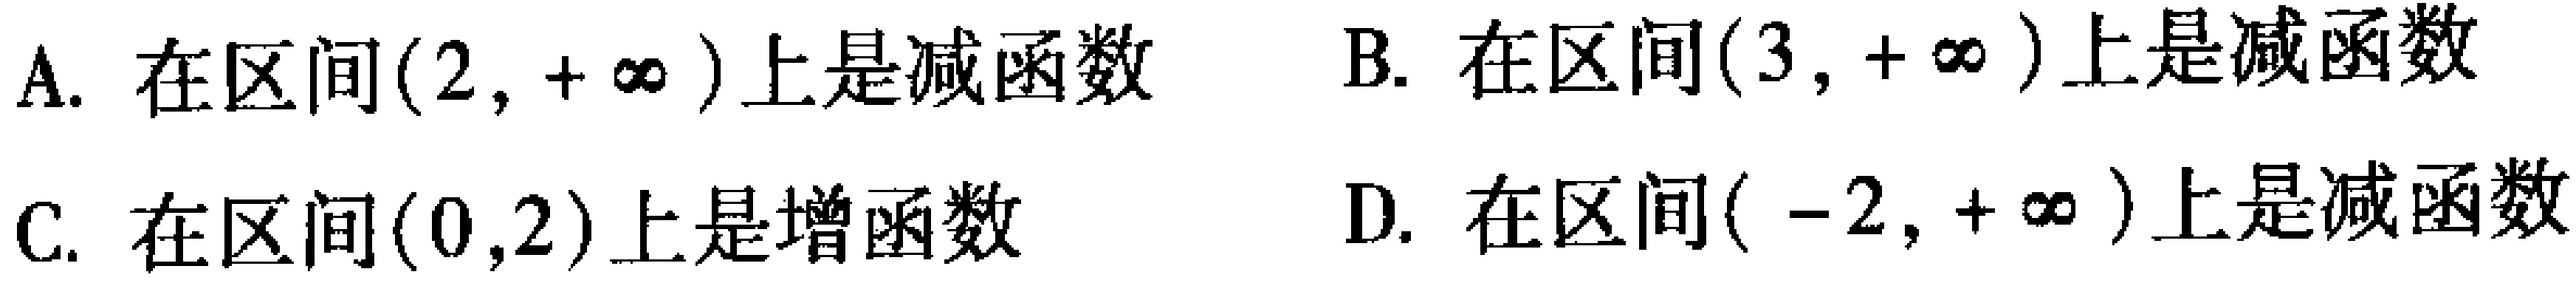
A. 在区间\((2,+\infty)\)上是减函数

B. 在区间\((3,+\infty)\)上是减函数

C. 在区间\((0,2)\)上是增函数

D. 在区间\((-2,+\infty)\)上是减函数